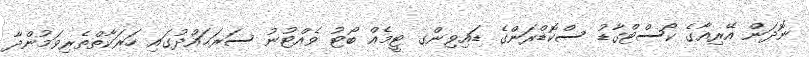
ނޮދަން އޭރިއާގެ ކޯސްޓްގާޑު ސްކޮޑްރަންގެ ޑައިވިންގ ޓީމެއް ބޯޓު ވެއްޓުނު ސަރަޙައްދުގައި ހަރަކާތްތެރިވަމުންދާ